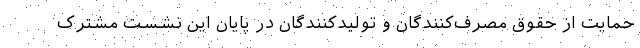
حمایت از حقوق مصرف‌کنندگان و تولیدکنندگان در پایان این نشست مشترک